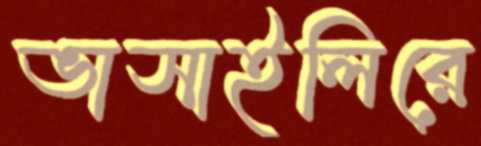
ভাসাইলিরে